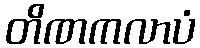
တိဏကလာပံ